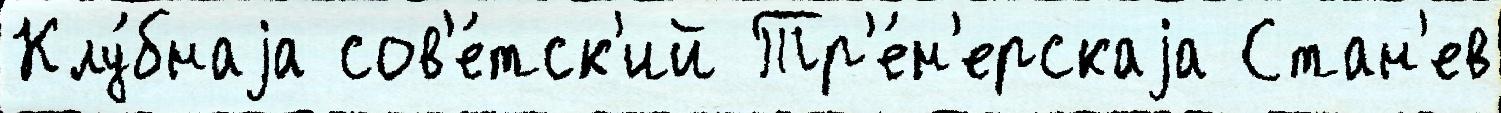
Клу́бнаjа сов'е́тск'ий Тр'е́н'ерскаjа Стан'ев